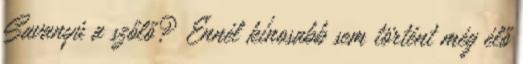
Sa­va­nyú a szőlő? Ennél kínosabb sem történt még élő